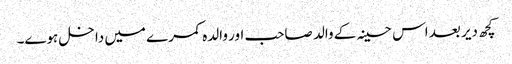
کچھ دیر بعد اس حسینہ کے والد صاحب اور والدہ کمرے میں داخل ہوے۔